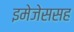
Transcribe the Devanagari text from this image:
इमेजेससह